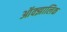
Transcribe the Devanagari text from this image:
ऑक्झालिक